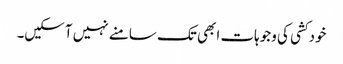
خودکشی کی وجوہات ابھی تک سامنے نہیں آسکیں۔